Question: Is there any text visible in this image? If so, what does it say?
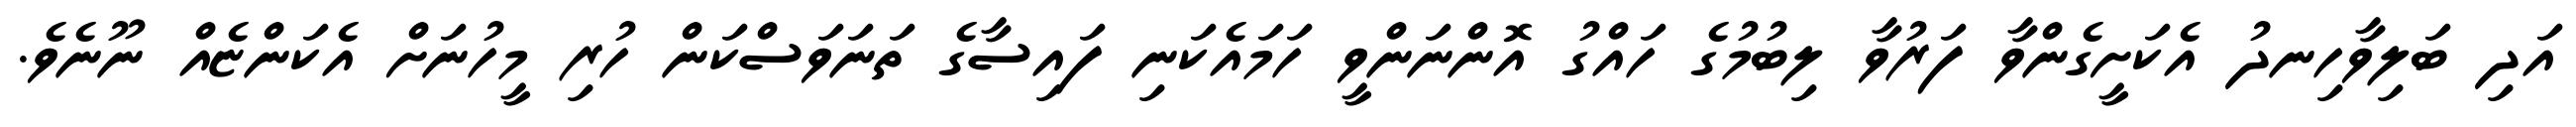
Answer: އަދި ބަލިވާހިނދު އެކަށީގެންވާ ފަރުވާ ލިބުމުގެ ހައްގު އޮންނަންވީ ހަމައެކަނި ފައިސާގެ ތަނަވަސްކަން ހުރި މީހުނަށް އެކަންޏެއް ނޫނެވެ.